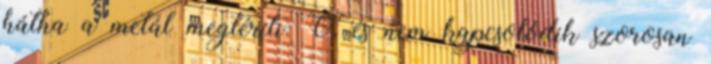
hátha a metál megtéríti. Ó, és nem kapcsolódik szorosan